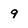
Character: 9